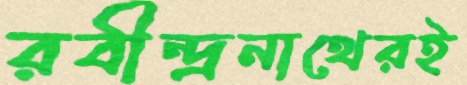
রবীন্দ্রনাথেরই